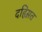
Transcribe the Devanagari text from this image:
दहिस़त